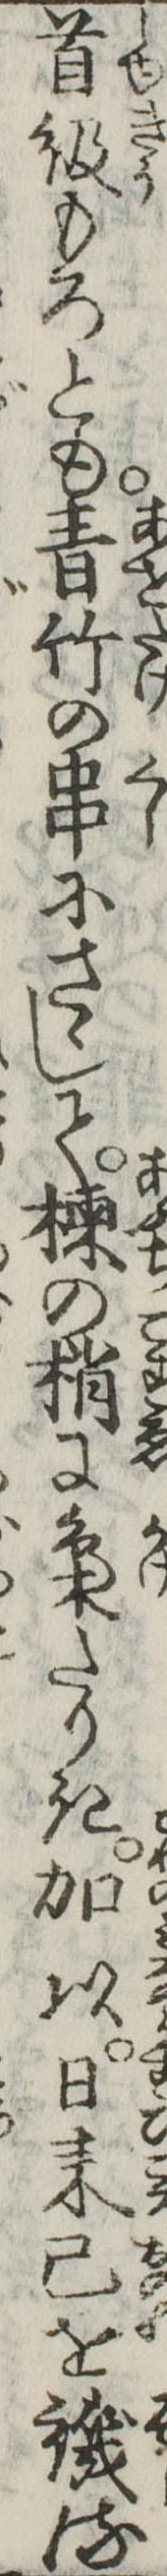
首級もろとも青竹の串にさゝして楝の梢に梟たりき加以日来己を譏る